Vaccination United Provinces of Agra and Oudh 1914-1922 - 1914-1922
Year: 1914
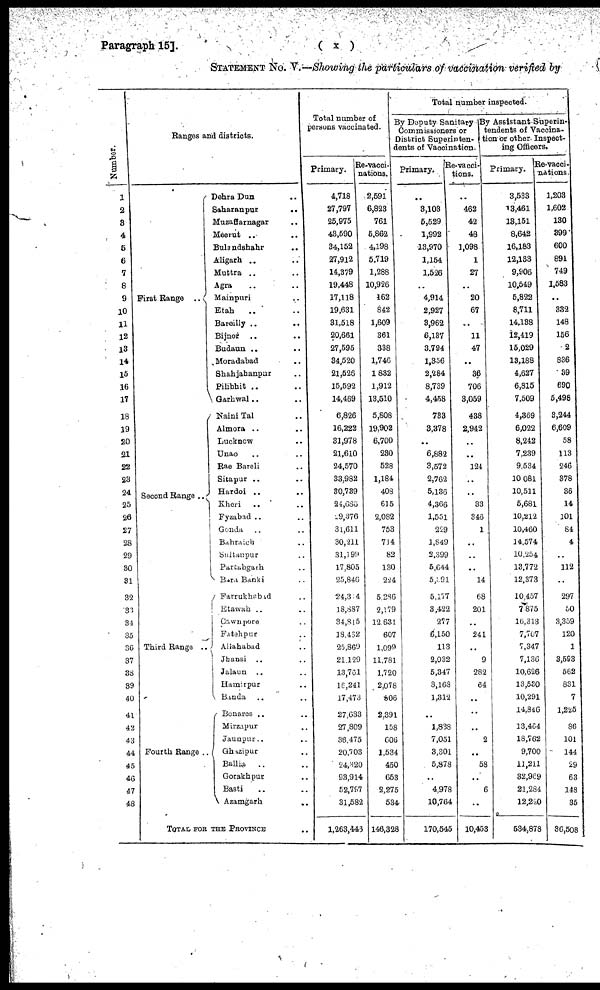
Paragraph 15].
( x )
STATEMENT No. V.—Showing the particulars of vaccination verified by
Number.
1
2
3
4
5
6
7
8
9
10
11
12
13
14
15
16
17
18
19
20
21
22
23
24
25
26
27
28
29
30
31
32
33
34
35
36
37
38
39
40
41
42
43
44
45
46
47
48
Ranges and districts.
First Range ..
Second Range ..
Third Range ..
Fourth Range ..
Dehra Dun
..
Saharanpur
..
Muzaffarnagar ..
Meerut ..
Bulandshahr ..
Aligarh .. ..
Muttra .. ..
Agra .. ..
Mainpuri ..
Etah .. ..
Bareilly ..
..
Bijnor .. ..
Budaun .. ..
Moradabad ..
Shahjahanpur ..
Pilibhit .. ..
Garhwal .. ..
Naini Tal ..
Almora .. ..
Lucknow ..
Unao .. ..
Rae Bareli ..
Sitapur .. ..
Hardoi .. ..
Kheri
.. ..
Fyzabad .. ..
Gonda .. ..
Bahraich ..
Sultanpur ..
Partabgarh ..
Bara Banki ..
Farrukhabad ..
Etawah .. ..
Cawnpore ..
Fatehpur
Aliahabad ..
Jhansi .. ..
Jalaun .. ..
Hamirpur ..
Banda .. ..
Benares .. ..
Mirzapur ..
Jaunpur .. ..
Ghazipur ..
Ballia .. ..
Gorakhpur ..
Basti .. ..
Azamgarh
..
TOTAL FOR THE PROVINCE ..
Total number of
persons vaccinated.
Primary.
4,718
27,797
25,975
43,590
34,152
27,912
14,379
19,448
17,118
19,631
31,518
20,661
27,595
34,520
21,526
15,592
14,469
6,826
16,222
31,978
21,610
24,570
33,982
30,739
24,686
29,376
31,611
30,211
31,199
17,805
25,846
24,314
18,887
34,815
18,462
25,869
21,129
13,761
16,241
17,473
27,633
27,809
36,475
20,703
24,320
93,914
52,797
31,582
1,263,443
Re-vacci-
nations.
2,591
6,823
761
5,862
4,198
5,719
1,288
10,926
162
842
1,609
361
338
1,746
1,832
1,912
13,510
5,808
19,902
6,700
230
528
1,184
408
615
2,082
753
714
82
130
224
5,286
2,179
12,631
607
1,099
11,781
1,720
2,078
806
2,391
158
606
1,534
450
653
2,275
534
146,328
Total number inspected.
By Deputy Sanitary
Commissioners or
District Superinten-
dents of Vaccination.
Primary.
..
3,103
5,529
1,992
13,970
1,154
1,526
..
4,914
2,927
3,962
6,137
3,794
1,356
2,284
8,739
4,458
733
3,378
..
6,882
3,572
2,762
5,136
4,366
1,551
229
1,849
2,399
5,644
5,391
5,177
3,422
277
6,150
113
2,032
5,347
3,168
1,312
..
1,838
7,051
3,301
5,878
..
4,978
10,764
170,545
Re-vacci-
tions.
..
462
42
48
1,098
1
27
..
20
67
..
11
47
..
36
706
3,059
438
2,942
..
..
124
..
..
33
346
1
..
..
..
14
68
201
..
241
..
9
282
64
..
..
..
2
..
58
..
6
..
10,453
By Assistant Superin-
tendents of Vaccina-
tion or other Inspect-
ing Officers.
Primary.
3,533
13,461
13,151
8,642
16,183
12,133
9,906
10,549
5,822
8,711
14,138
12,419
15,029
13,188
4,627
6,815
7,509
4,369
6,022
8,242
7,239
9,534
10,081
10,511
5,681
10,212
10,460
14,574
10,254
13,772
12,373
10,457
7,875
16,313
7,707
7,347
7,136
10,626
13,530
10,291
14,846
13,464
18,762
9,700
11,211
32,969
21,284
12,220
534,878
Re-vacci-
nations.
1,203
1,602
130
399
600
891
749
1,583
..
332
148
156
2
836
39
690
5,498
3,244
6,609
58
113
246
378
36
14
101
84
4
..
112
..
297
50
3,359
120
1
3,593
562
831
7
1,225
86
101
144
29
63
148
35
36,508